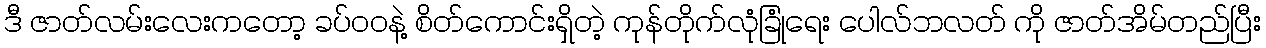
ဒီ ဇာတ်လမ်းလေးကတော့ ခပ်ဝဝနဲ့ စိတ်ကောင်းရှိတဲ့ ကုန်တိုက်လုံခြုံရေး ပေါလ်ဘလတ် ကို ဇာတ်အိမ်တည်ပြီး